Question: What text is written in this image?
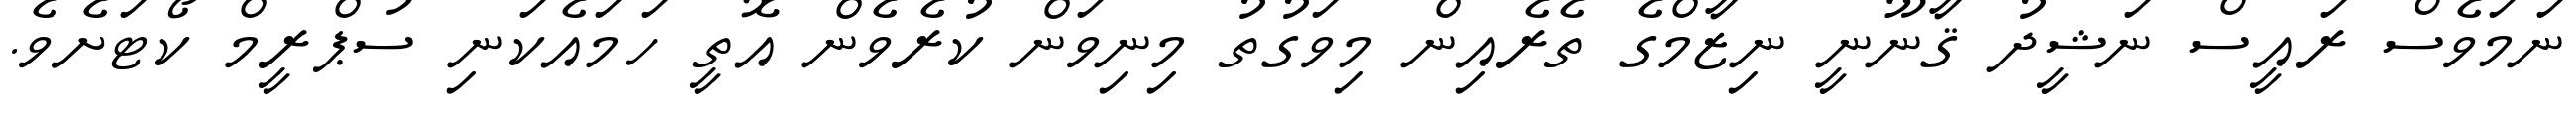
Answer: ނަމަވެސް ރައީސް ނަޝީދު ޤާނޫނީ ނިޒާމްގެ ތެރެއިން މިވަގުތު މިނިވަން ކުރެވެން އޮތީ ހަމައެކަނި ސުޕްރީމް ކޯޓަށެވެ.